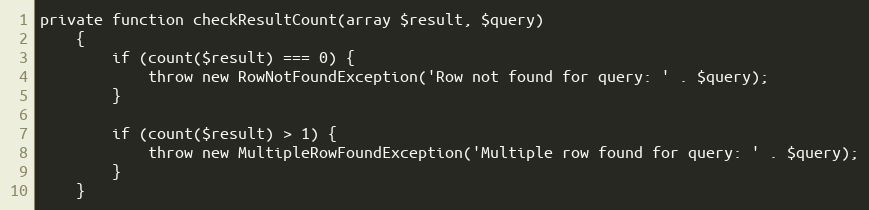
Language: PHP
private function checkResultCount(array $result, $query)
    {
        if (count($result) === 0) {
            throw new RowNotFoundException('Row not found for query: ' . $query);
        }

        if (count($result) > 1) {
            throw new MultipleRowFoundException('Multiple row found for query: ' . $query);
        }
    }